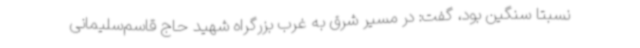
نسبتا سنگین بود، گفت: در مسیر شرق به غرب بزرگراه شهید حاج قاسم‌سلیمانی